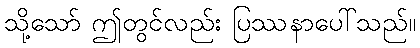
သို့သော် ဤတွင်လည်း ပြဿနာပေါ်သည်။